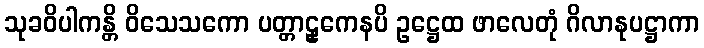
သုခဝိပါကန္တိ ဝိသေသကော ပတ္တာဠှကေနပိ ဥဋ္ဌေထ ဖာလေတုံ ဂိလာနုပဋ္ဌာကာ